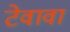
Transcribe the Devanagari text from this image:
टेवावा